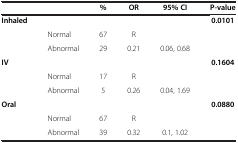
|  |  | % | OR | 95% CI | P-value |
 | --- | --- | --- | --- | --- | --- |
 | Inhaled |  |  |  |  | 0.0101 |
 |  | Normal | 67 | R |  |  |
 |  | Abnormal | 29 | 0.21 | 0.06, 0.68 |  |
 | IV |  |  |  |  | 0.1604 |
 |  | Normal | 17 | R |  |  |
 |  | Abnormal | 5 | 0.26 | 0.04, 1.69 |  |
 | Oral |  |  |  |  | 0.0880 |
 |  | Normal | 67 | R |  |  |
 |  | Abnormal | 39 | 0.32 | 0.1, 1.02 |  |